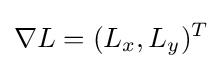
\nabla L=(L_{x},L_{y})^{T}